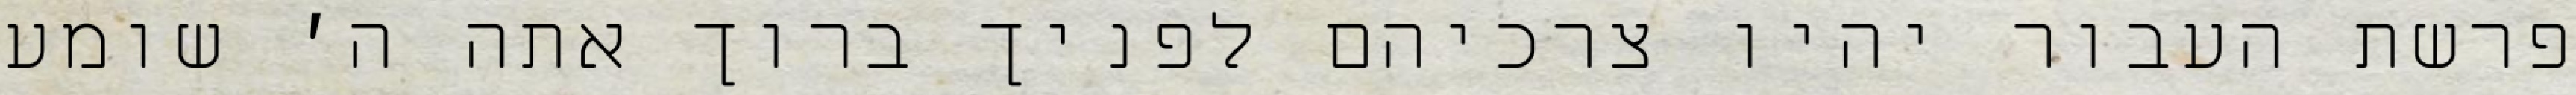
פרשת העבור יהיו צרכיהם לפניך ברוך אתה ה׳ שומע